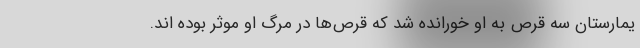
یمارستان سه قرص به او خورانده شد که قرص‌ها در مرگ او موثر بوده اند.